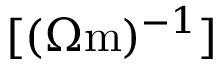
[ ( \Omega \mathrm { m } ) ^ { - 1 } ]